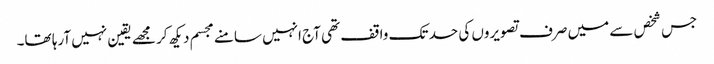
جس شخص سے میں صرف تصویروں کی حد تک واقف تھی آج انہیں سامنے مجسم دیکھ کر مجھے یقین نہیں آرہا تھا۔